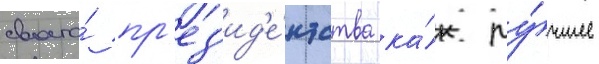
своего́ пр'ез'ид'е́нтства ка́к лу́чшее